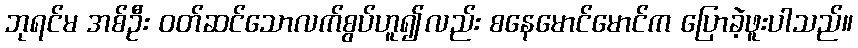
ဘုရင်မ အစ်ဦး ဝတ်ဆင်သောလက်စွပ်ဟူ၍လည်း စနေမောင်မောင်က ပြောခဲ့ဖူးပါသည်။